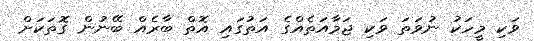
ވަކި މީހަކު ނުވަތަ ވަކި ޖަމާއަތެއްގެ އަތުގައި އޮތް ބާރެއް ބޭނުން ގޮތަކަށް